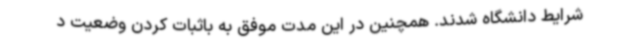
شرایط دانشگاه شدند. همچنین در این مدت موفق به باثبات کردن وضعیت د